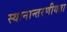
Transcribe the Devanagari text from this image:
स्थानान्तरणीयता